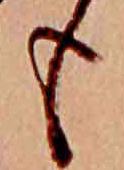
も